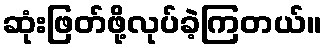
ဆုံးဖြတ်ဖို့လုပ်ခဲ့ကြတယ်။